Annual administration report of the Civil Veterinary Department of India - 1894-1895
Year: 1894
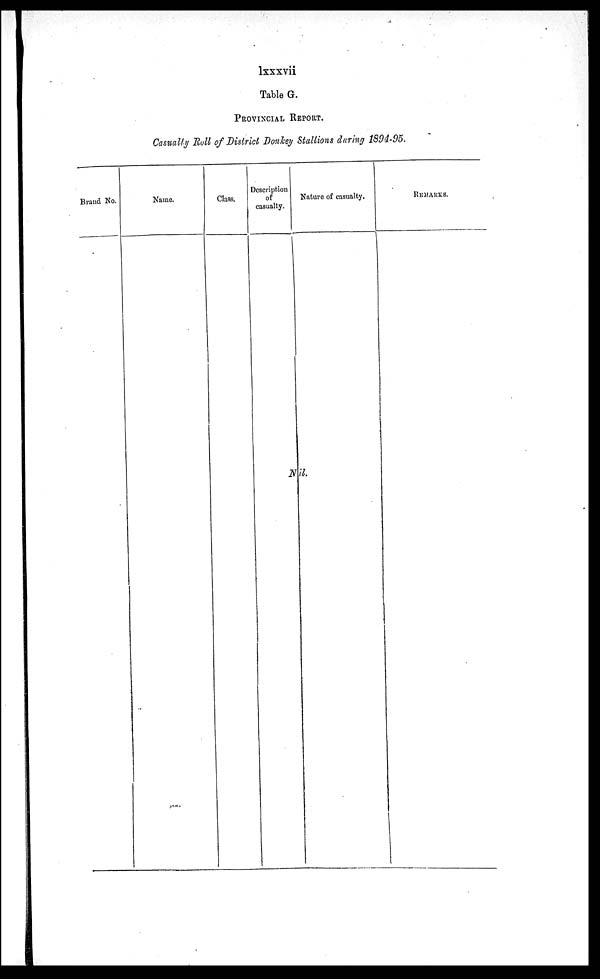
lsxxvii
Table G.
PROVINCIAL REPORT.
Casualty Roll of District Donkey Stallions during 1894-95.
Brand No.
Name.
Class.
Description
of
casualty.
Nature of casualty.
Nil
REMARKS.